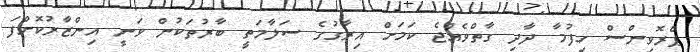
ޕްރޮވިންސް ހިފުމާ ދާދި ގާތްވެއްޖެ ކަމަށް އިރާގުގެ ސަލާމަތީ ބާރުތަކުން ވަނީ އިންޒާރުކޮށްފަ